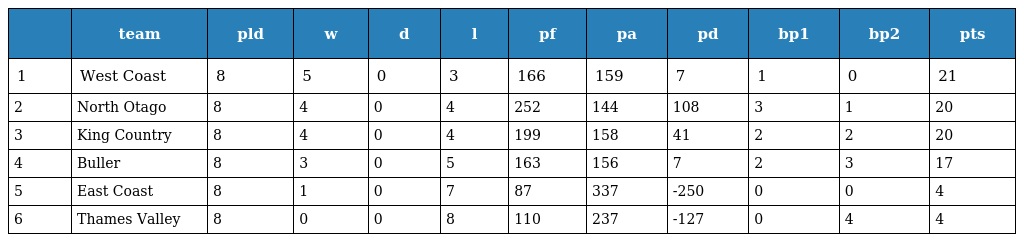
|  | team | pld | w | d | l | pf | pa | pd | bp1 | bp2 | pts |
 | --- | --- | --- | --- | --- | --- | --- | --- | --- | --- | --- | --- |
 | 1 | West Coast | 8 | 5 | 0 | 3 | 166 | 159 | 7 | 1 | 0 | 21 |
 | 2 | North Otago | 8 | 4 | 0 | 4 | 252 | 144 | 108 | 3 | 1 | 20 |
 | 3 | King Country | 8 | 4 | 0 | 4 | 199 | 158 | 41 | 2 | 2 | 20 |
 | 4 | Buller | 8 | 3 | 0 | 5 | 163 | 156 | 7 | 2 | 3 | 17 |
 | 5 | East Coast | 8 | 1 | 0 | 7 | 87 | 337 | -250 | 0 | 0 | 4 |
 | 6 | Thames Valley | 8 | 0 | 0 | 8 | 110 | 237 | -127 | 0 | 4 | 4 |